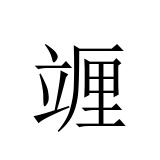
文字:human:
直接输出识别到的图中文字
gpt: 竰